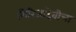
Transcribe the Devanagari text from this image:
गिरिजादेवीचा